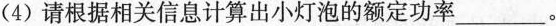
(4)请根据相关信息计算出小灯泡的额定功率___。